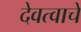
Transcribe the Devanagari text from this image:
देवत्वाचें